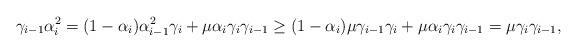
LaTeX: \begin{align*}\gamma_{i-1}\alpha_i^2=(1-\alpha_i)\alpha_{i-1}^2\gamma_i+\mu\alpha_i\gamma_i\gamma_{i-1}\geq(1-\alpha_i)\mu\gamma_{i-1}\gamma_i+\mu\alpha_i\gamma_i\gamma_{i-1}=\mu\gamma_i\gamma_{i-1},\end{align*}